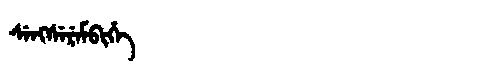
Manchu: ᠰᡝᠩᠰᡝᡵᡝᠮᠪᡳᡥᡝ
Romanization: SENGSEREMBIHE